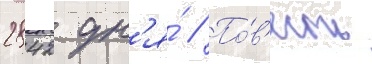
2842 дн'я́ // По́в'есть